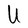
Character: U